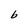
Character: b